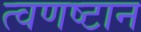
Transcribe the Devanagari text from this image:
त्वणष्टान